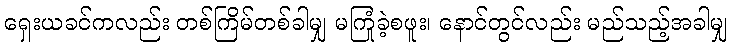
ရှေးယခင်ကလည်း တစ်ကြိမ်တစ်ခါမျှ မကြုံခဲ့စဖူး၊ နောင်တွင်လည်း မည်သည့်အခါမျှ